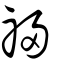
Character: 祲